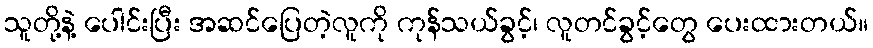
သူတို့နဲ့ ပေါင်းပြီး အဆင်ပြေတဲ့လူကို ကုန်သယ်ခွင့်၊ လူတင်ခွင့်တွေ ပေးထားတယ်။